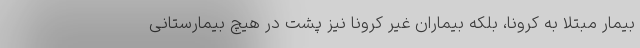
بیمار مبتلا به کرونا، بلکه بیماران غیر کرونا نیز پشت در هیچ بیمارستانی